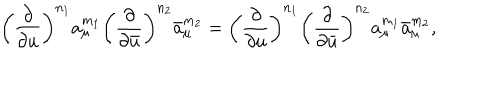
\left( \frac { \partial } { \partial u } \right) ^ { n _ { 1 } } a _ { \mu } ^ { m _ { 1 } } \left( \frac { \partial } { \partial \bar { u } } \right) ^ { n _ { 2 } } \bar { a } _ { \mu } ^ { m _ { 2 } } = \left( \frac { \partial } { \partial u } \right) ^ { n _ { 1 } } \left( \frac { \partial } { \partial \bar { u } } \right) ^ { n _ { 2 } } a _ { \mu } ^ { m _ { 1 } } \bar { a } _ { \mu } ^ { m _ { 2 } } ,